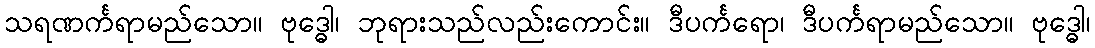
သရဏင်္ကရာမည်သော။ ဗုဒ္ဓေါ၊ ဘုရားသည်လည်းကောင်း။ ဒီပင်္ကရော၊ ဒီပင်္ကရာမည်သော။ ဗုဒ္ဓေါ၊